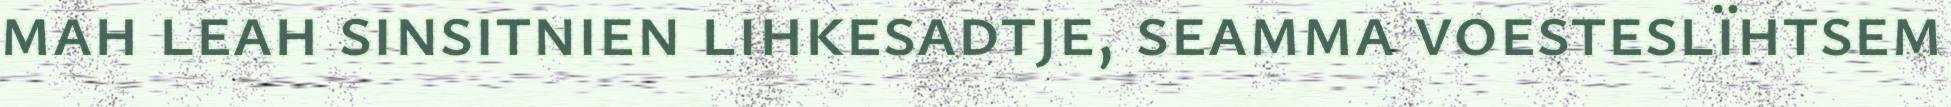
mah leah sinsitnien lihkesadtje, seamma voesteslïhtsem